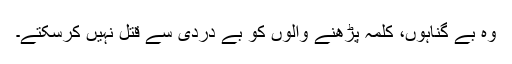
وہ بے گناہوں، کلمہ پڑھنے والوں کو بے دردی سے قتل نہیں کرسکتے۔